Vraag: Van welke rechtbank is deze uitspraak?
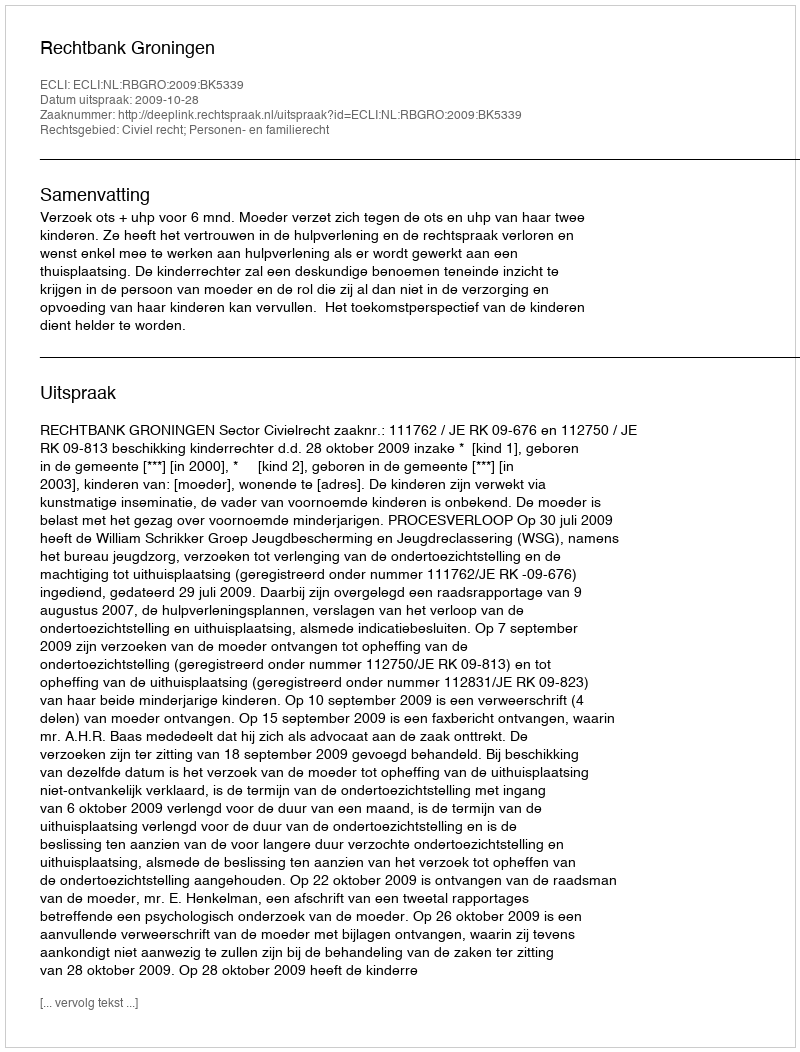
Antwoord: Rechtbank Groningen